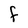
Character: F